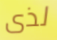
لذى